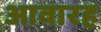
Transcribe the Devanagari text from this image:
आवारह